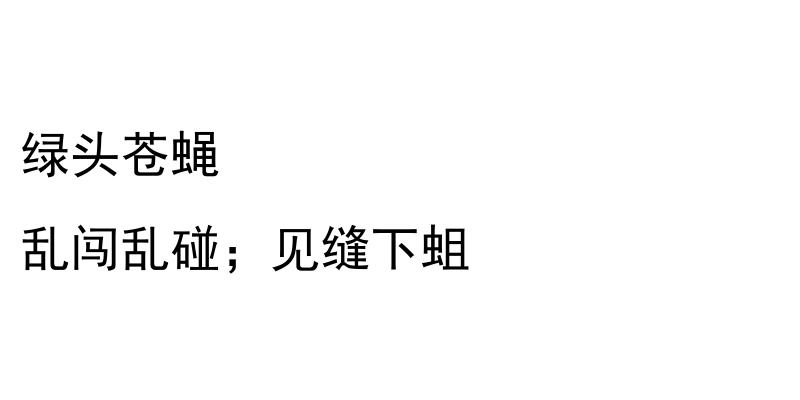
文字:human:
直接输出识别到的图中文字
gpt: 绿头苍蝇 乱闯乱碰；见缝下蛆